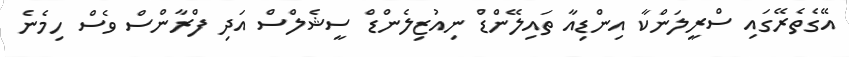
އޭގެތެރޭގައި ސްރީލަންކާ އިންޑިއާ ތައިލޭންޑް ނިއުޒިލެންޑް ސީޝެލްސް އަދި ފްރާންސް ވެސް ހިމެނެ